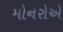
મોનરોએ